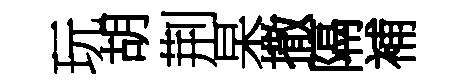
玩胡荆杲撒隔補